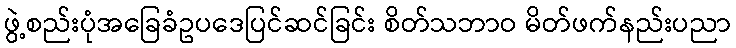
ဖွဲ့စည်းပုံအခြေခံဥပဒေပြင်ဆင်ခြင်း စိတ်သဘာဝ မိတ်ဖက်နည်းပညာ